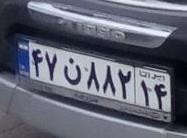
۴۷ن۸۸۲۱۴